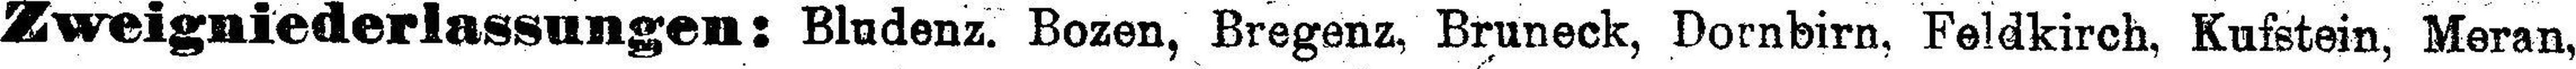
Zweigniederlassungen: Bludenz. Bozen, Bregenz, Bruneck, Dornbirn, Feldkirch, Kufstein, Meran,